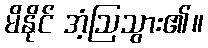
မိနိုင် အံ့ဩသွား၏။